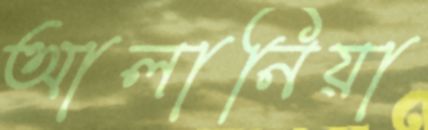
আলানিয়া